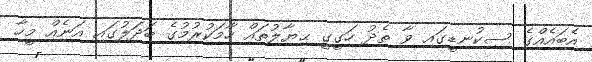
އެބައެއްގެ ސިކުނޑީގައި ވާ ތެދު ހަގީގީ ޙިޔާލުތައް ހާމަކުރުމުގެ ބަދަލުގައި އަނެއް މީހާ